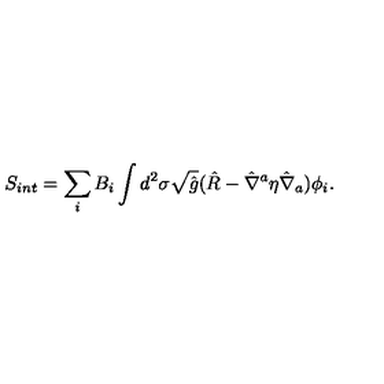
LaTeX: S _ { i n t } = \sum _ { i } B _ { i } \int d ^ { 2 } \sigma \sqrt { \hat { g } } ( \hat { R } - { \hat { \nabla } } ^ { a } \eta { \hat { \nabla } } _ { a } ) \phi _ { i } .